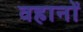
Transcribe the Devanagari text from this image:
वहानों